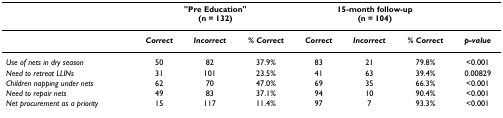
|  | <COLSPAN=3> "Pre Education"(n = 132) | <COLSPAN=3> 15-month follow-up(n = 104) |  |
 | --- | --- | --- | --- | --- | --- | --- | --- |
 |  | Correct | Incorrect | % Correct | Correct | Incorrect | % Correct | p-value |
 | Use of nets in dry season | 50 | 82 | 37.9% | 83 | 21 | 79.8% | <0.001 |
 | Need to retreat LLINs | 31 | 101 | 23.5% | 41 | 63 | 39.4% | 0.00829 |
 | Children napping under nets | 62 | 70 | 47.0% | 69 | 35 | 66.3% | <0.001 |
 | Need to repair nets | 49 | 83 | 37.1% | 94 | 10 | 90.4% | <0.001 |
 | Net procurement as a priority | 15 | 117 | 11.4% | 97 | 7 | 93.3% | <0.001 |